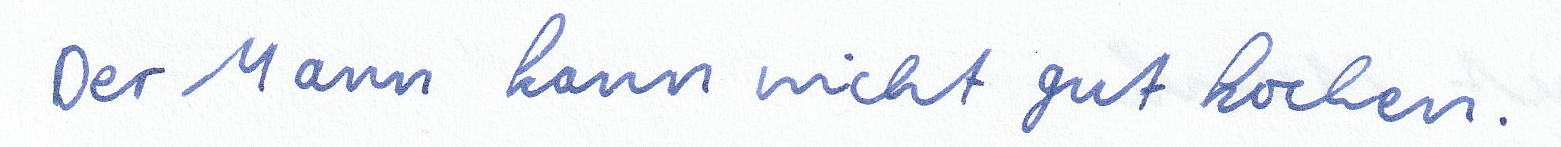
Der Mann kann nicht gut kochen.